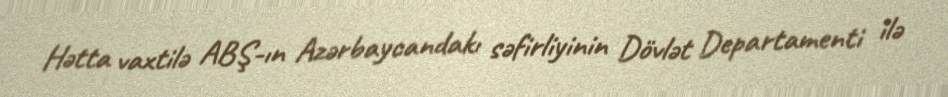
Hətta vaxtilə ABŞ-ın Azərbaycandakı səfirliyinin Dövlət Departamenti ilə